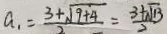
a _ { 1 } = \frac { 3 + \sqrt { 9 + 4 } } { 2 } = \frac { 3 + \sqrt { 1 3 } } { 2 }